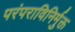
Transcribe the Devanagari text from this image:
परंपराविनिर्मुक्त